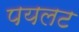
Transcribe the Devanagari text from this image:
पयलट